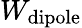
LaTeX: W_{\mathrm{dipole}}